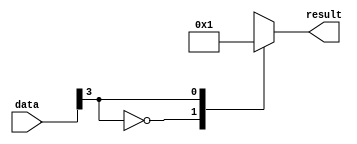
module casez_example(input [3:0] data,
                       output reg [1:0] result);

always @(*)
begin
  casez(data)
    4'b0???: result <= 2'b00; // If data is 000x, result is 00
    4'b1???: result <= 2'b01; // If data is 100x, result is 01
    4'b1111: result <= 2'b10; // If data is 1111, result is 10
    default: result <= 2'b11; // Default case if no other condition is met
  endcase
end

endmodule